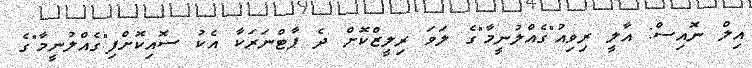
އިލް ނޮއިސް: އާލީ ރިވިއު"ގެއްލުނީމާ"ގެ ލަވަ ރިލީޒްކޮށް ދެ ޕާޓްނަރަކާ އެކު ސޮއިކޮށްފި"ގެއްލުނީމާ"ގެ